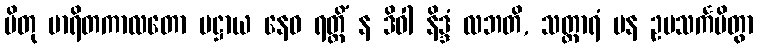
ပိတု မာရိတကာလတော ပဋ္ဌာယ နေဝ ရတ္တိံ န ဒိဝါ နိဒ္ဒံ လဘတိ, သတ္ထာရံ ပန ဥပသင်္ကမိတွာ